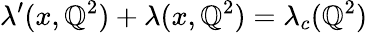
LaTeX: \lambda^{\prime}(x,\mathbb{Q}^{2})+\lambda(x,\mathbb{Q}^{2})=\lambda_{c}(\mathbb{Q}^{2})